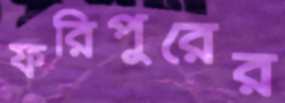
ফরিপুরের